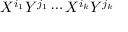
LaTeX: X ^ { i _ { 1 } } Y ^ { j _ { 1 } } \cdots X ^ { i _ { k } } Y ^ { j _ { k } }